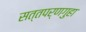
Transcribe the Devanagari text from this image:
सत्तपर्णगुहा